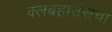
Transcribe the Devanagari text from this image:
क्लबहाउसचा